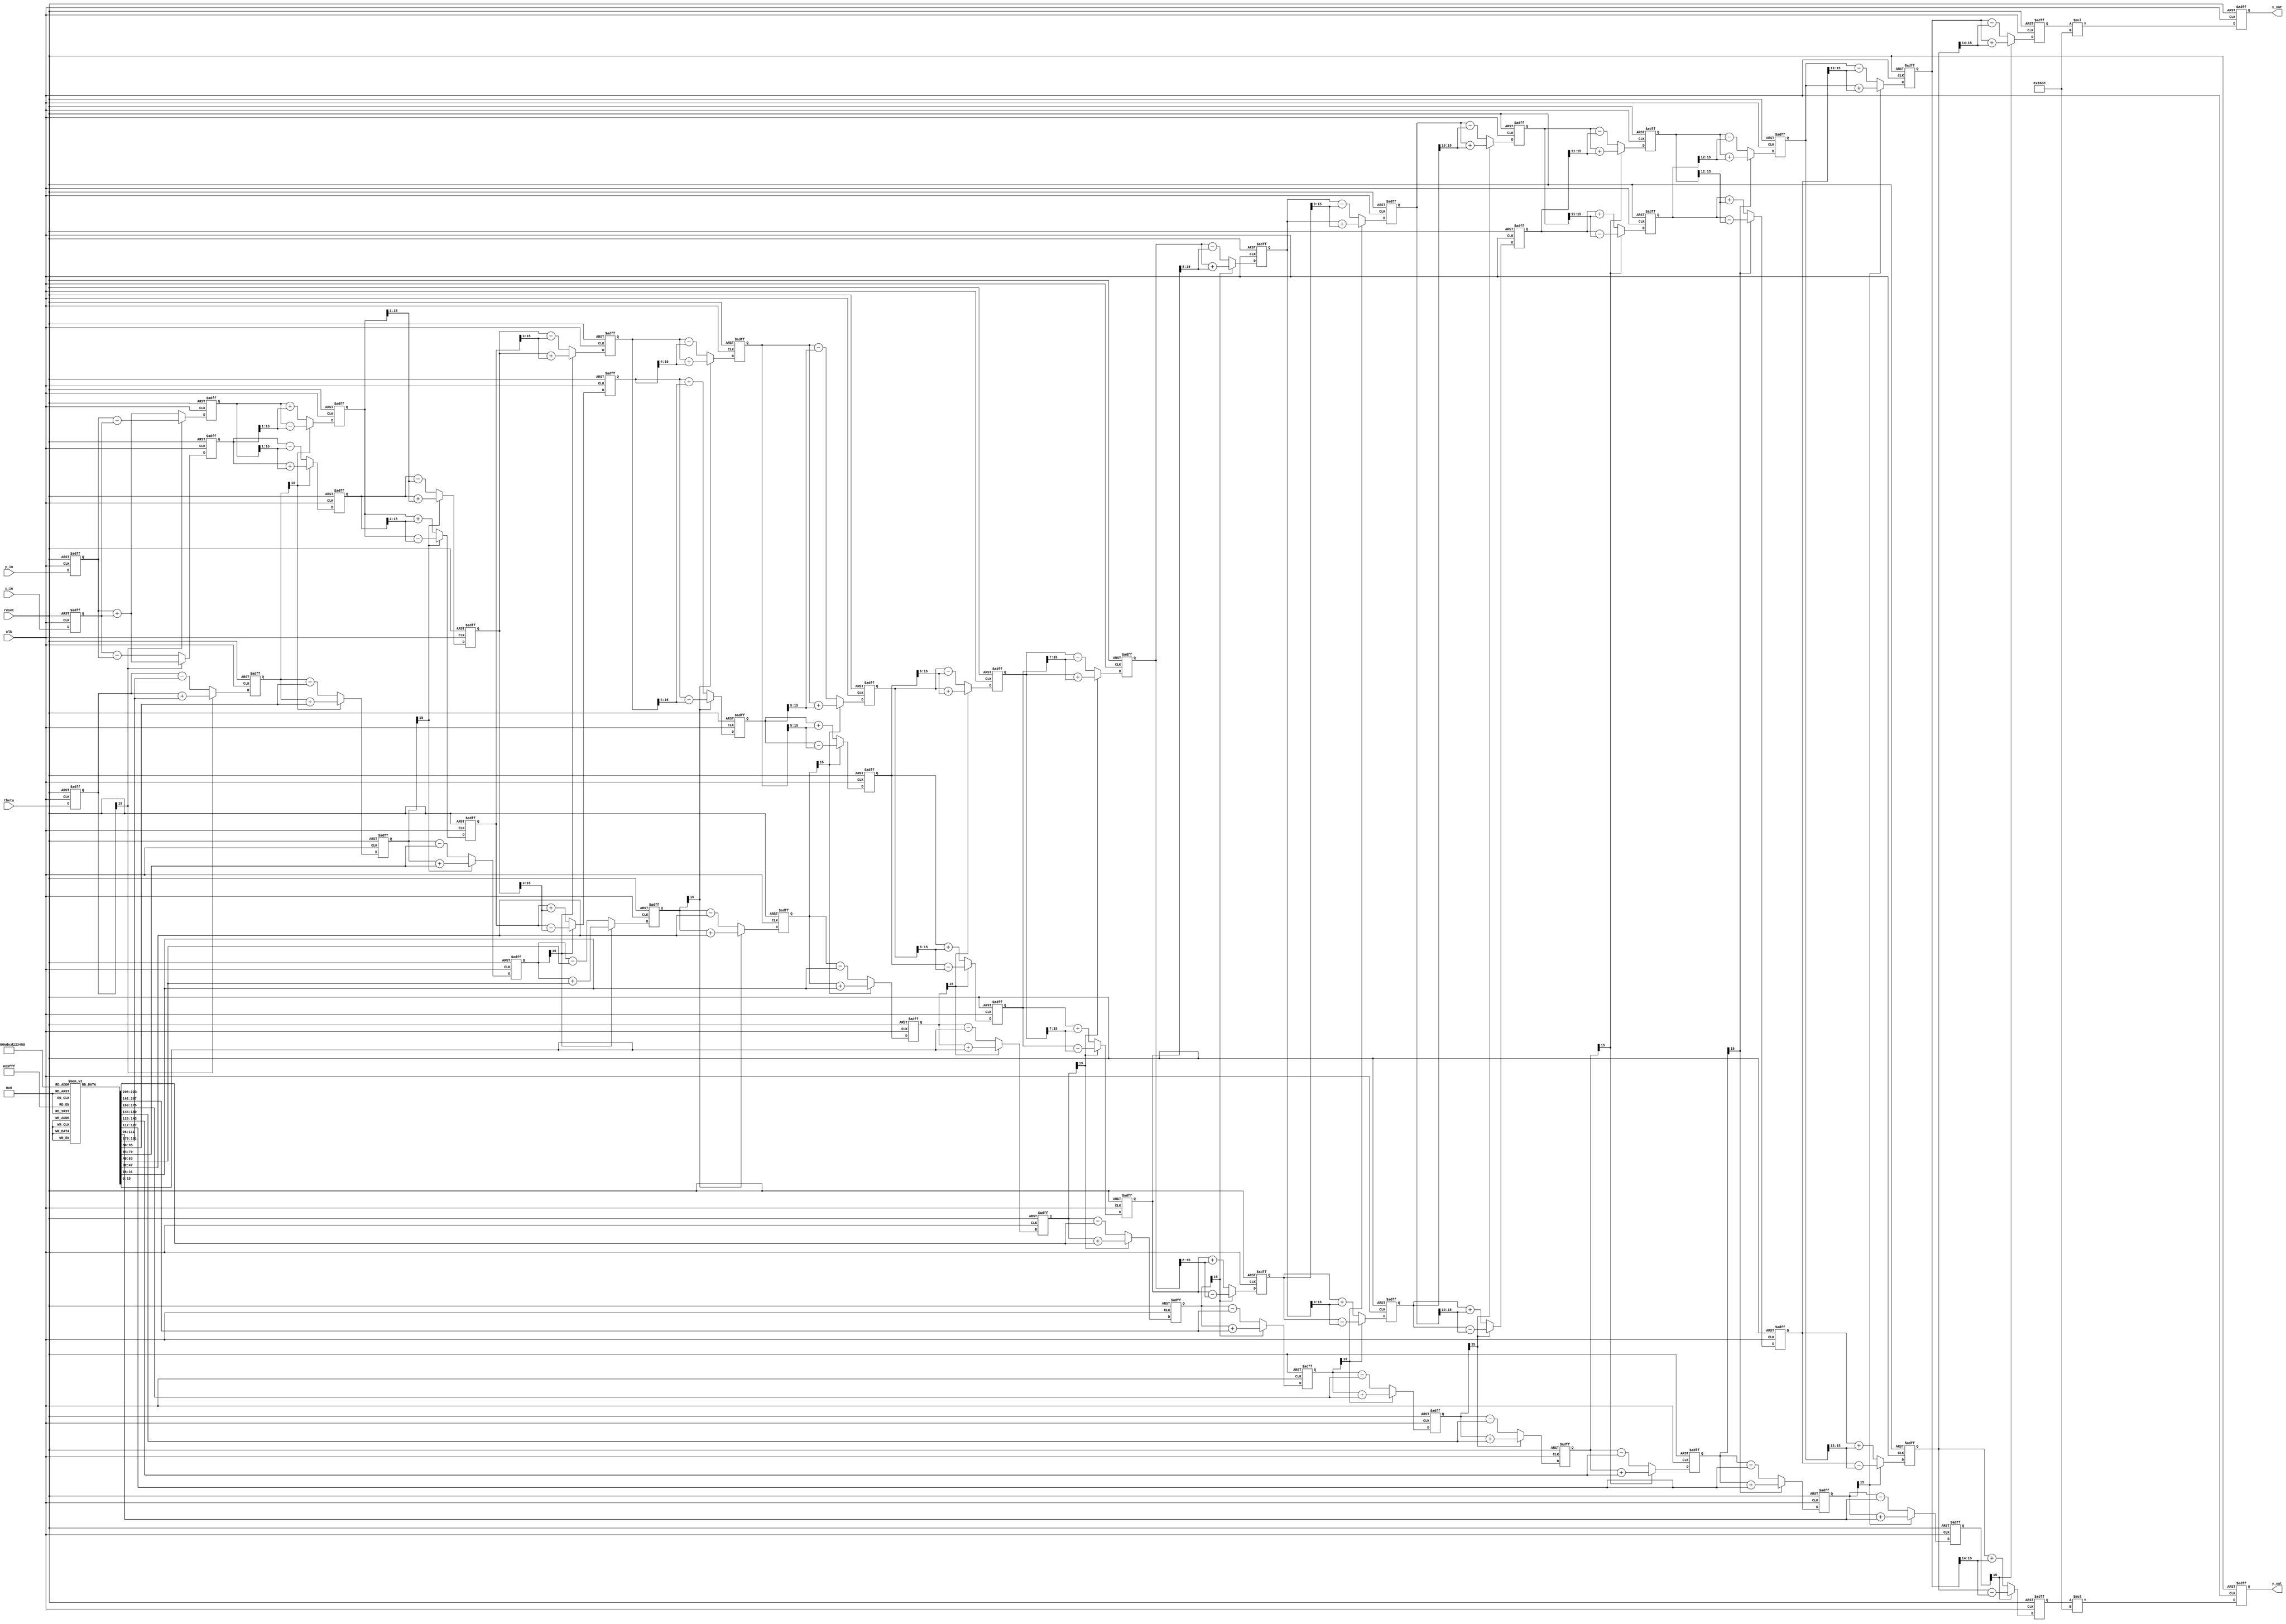
module pipelined_cordic #(
    parameter WIDTH = 16,         // Bit width for fixed-point representation
    parameter STAGES = 16         // Number of CORDIC stages
)(
    input wire clk,               // Clock signal
    input wire reset,             // Asynchronous reset
    input wire [WIDTH-1:0] theta, // Input angle in fixed-point format
    input wire [WIDTH-1:0] x_in,  // Initial x-coordinate
    input wire [WIDTH-1:0] y_in,  // Initial y-coordinate
    output reg [WIDTH-1:0] x_out, // Output x-coordinate
    output reg [WIDTH-1:0] y_out  // Output y-coordinate
);

    // Scaling factors for CORDIC
    reg [WIDTH-1:0] scaling_factor;
    initial begin
        scaling_factor = 16'h26DD; // Example scaling factor
    end

    // CORDIC angle lookup table (arctan(2^-i) for i = 0 to STAGES-1)
    reg [WIDTH-1:0] angles [0:STAGES-1];
    initial begin
        angles[0] = 16'h0000; // arctan(1) = 0
        angles[1] = 16'h2000; // arctan(0.5)
        angles[2] = 16'h1000; // arctan(0.25)
        // Populate with remaining angles ...
    end 

    // Registers for pipeline stages
    reg [WIDTH-1:0] x_reg [0:STAGES-1];
    reg [WIDTH-1:0] y_reg [0:STAGES-1];
    reg [WIDTH-1:0] theta_reg [0:STAGES-1];

    integer i;

    // Control Logic for Pipelining
    always @(posedge clk or posedge reset) begin
        if (reset) begin
            x_out <= 0;
            y_out <= 0;
            for (i = 0; i < STAGES; i = i + 1) begin
                x_reg[i] <= 0;
                y_reg[i] <= 0;
                theta_reg[i] <= 0;
            end
        end else begin
            // Stage 0: Initialize
            x_reg[0] <= x_in;
            y_reg[0] <= y_in;
            theta_reg[0] <= theta;

            // Pipeline stages
            for (i = 0; i < STAGES-1; i = i + 1) begin
                // Calculate rotation
                if (theta_reg[i][WIDTH-1] == 1'b0) begin
                    x_reg[i+1] <= x_reg[i] - (y_reg[i] >>> i);
                    y_reg[i+1] <= y_reg[i] + (x_reg[i] >>> i);
                    theta_reg[i+1] <= theta_reg[i] - angles[i];
                end else begin
                    x_reg[i+1] <= x_reg[i] + (y_reg[i] >>> i);
                    y_reg[i+1] <= y_reg[i] - (x_reg[i] >>> i);
                    theta_reg[i+1] <= theta_reg[i] + angles[i];
                end
            end

            // Stage STAGES-1: Output
            x_out <= x_reg[STAGES-1] * scaling_factor; // Apply scaling
            y_out <= y_reg[STAGES-1] * scaling_factor; // Apply scaling
        end
    end
endmodule